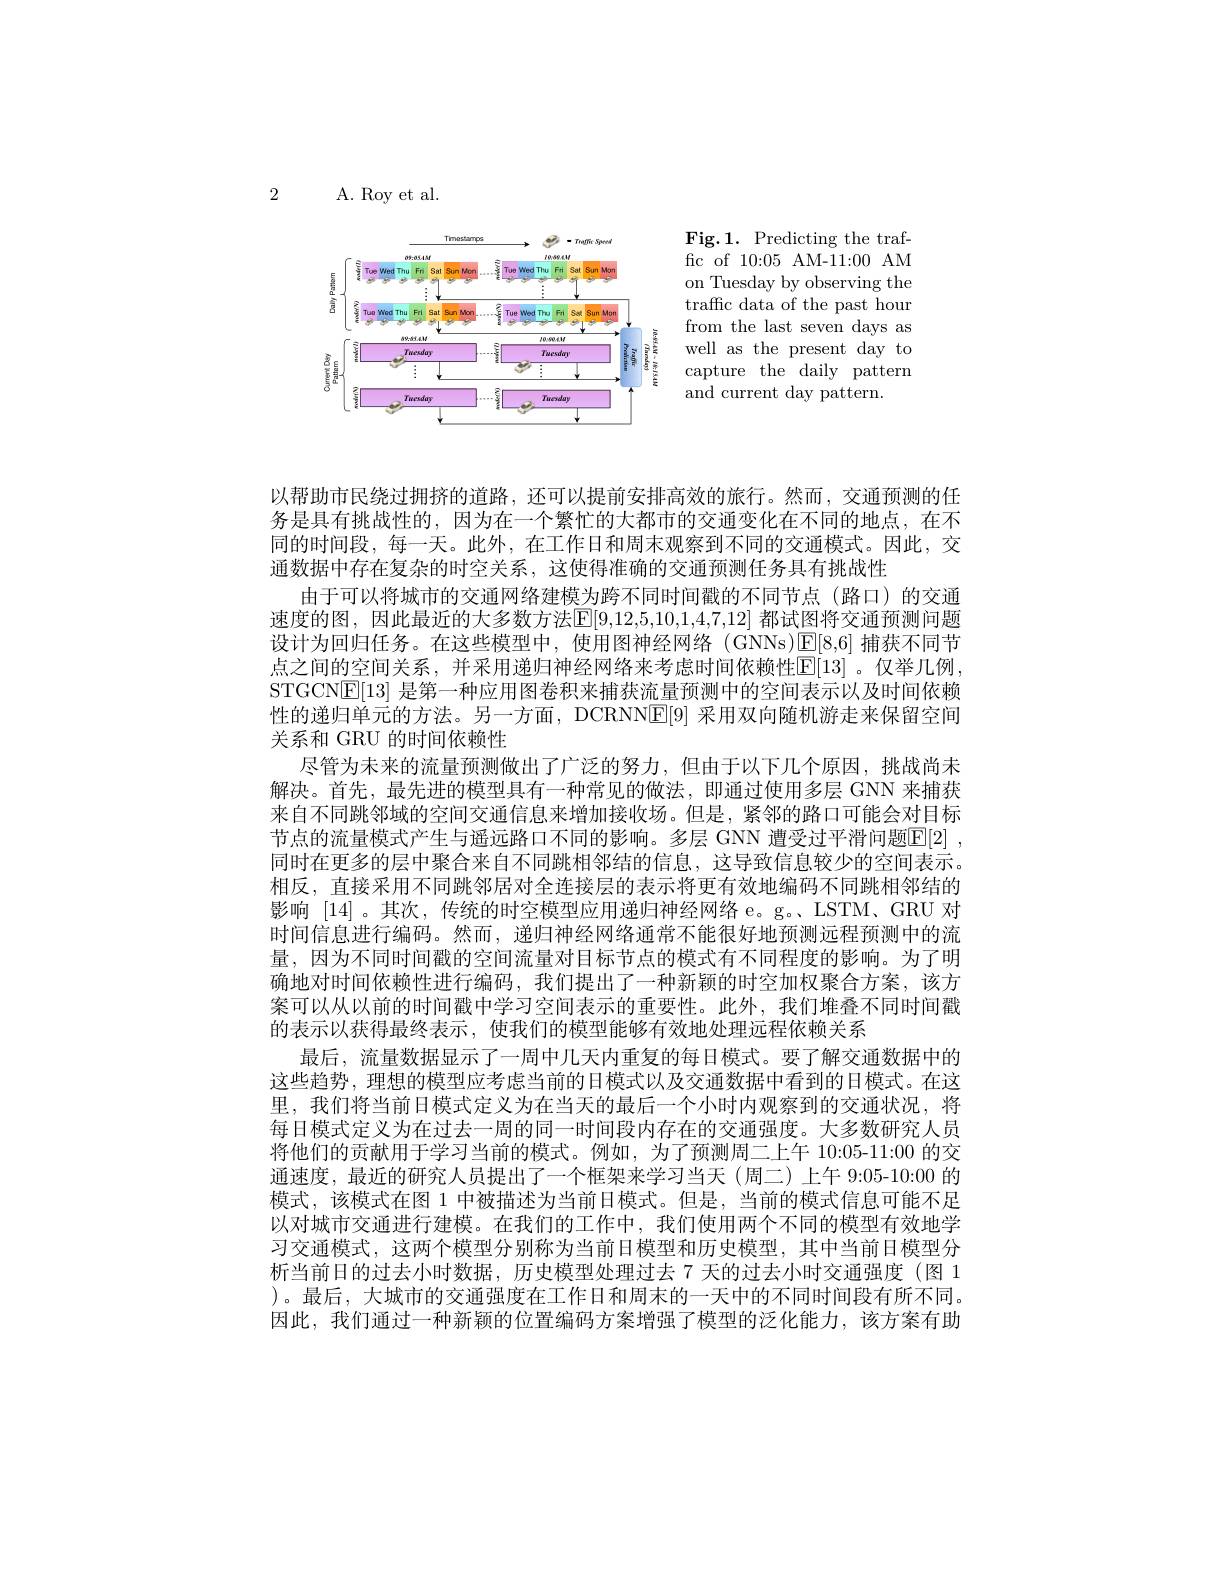
2

A. Roy et al.

<FigureHere>

以帮助市民绕过拥挤的道路，还可以提前安排高效的旅行。然而，交通预测的任务是具有挑战性的，因为在一个繁忙的大都市的交通变化在不同的地点，在不同的时间段，每一天。此外，在工作日和周末观察到不同的交通模式。因此，交通数据中存在复杂的时空关系，这使得准确的交通预测任务具有挑战性
由于可以将城市的交通网络建模为跨不同时间戳的不同节点(路口)的交通速度的图，因此最近的大多数方法[E]9,12,5,10,1,4,7,12] 都试图将交通预测问题设计为回归任务。在这些模型中，使用图神经网络(GNNs)E[8,6]捕获不同节点之间的空间关系，并采用递归神经网络来考虑时间依赖性[E[13]。仅举几例， STGCN$\underline{\mathbb{E}}[13]$是第一种应用图卷积来捕获流量预测中的空间表示以及时间依赖性的递归单元的方法。另一方面，DCRNNE[9] 采用双向随机游走来保留空间关系和 GRU 的时间依赖性
尽管为未来的流量预测做出了广泛的努力，但由于以下几个原因，挑战尚未解决。首先，最先进的模型具有一种常见的做法，即通过使用多层 GNN 来捕获来自不同跳邻域的空间交通信息来增加接收场。但是，紧邻的路口可能会对目标节点的流量模式产生与遥远路口不同的影响。多层 GNN 遭受过平滑问题E[2] , 同时在更多的层中聚合来自不同跳相邻结的信息，这导致信息较少的空间表示。相反，直接采用不同跳邻居对全连接层的表示将更有效地编码不同跳相邻结的影响[14]。其次，传统的时空模型应用递归神经网络 e。g。、LSTM、GRU 对时间信息进行编码。然而，递归神经网络通常不能很好地预测远程预测中的流量，因为不同时间戳的空间流量对目标节点的模式有不同程度的影响。为了明确地对时间依赖性进行编码，我们提出了一种新颖的时空加权聚合方案，该方案可以从以前的时间戳中学习空间表示的重要性。此外，我们堆叠不同时间戳的表示以获得最终表示，使我们的模型能够有效地处理远程依赖关系
最后，流量数据显示了一周中几天内重复的每日模式。要了解交通数据中的这些趋势，理想的模型应考虑当前的日模式以及交通数据中看到的日模式。在这里，我们将当前日模式定义为在当天的最后一个小时内观察到的交通状况，将每日模式定义为在过去一周的同一时间段内存在的交通强度。大多数研究人员将他们的贡献用于学习当前的模式。例如，为了预测周二上午 10:05-11:00 的交通速度，最近的研究人员提出了一个框架来学习当天(周二)上午 9:05-10:00 的模式，该模式在图 1 中被描述为当前日模式。但是，当前的模式信息可能不足以对城市交通进行建模。在我们的工作中，我们使用两个不同的模型有效地学习交通模式，这两个模型分别称为当前日模型和历史模型，其中当前日模型分析当前日的过去小时数据，历史模型处理过去 7 天的过去小时交通强度 (图 1 )。最后，大城市的交通强度在工作日和周末的一天中的不同时间段有所不同。因此，我们通过一种新颖的位置编码方案增强了模型的泛化能力，该方案有助